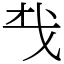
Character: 𢦔